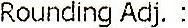
ROUNDING ADJ. :